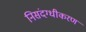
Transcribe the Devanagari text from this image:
निसंदग्धीकरण